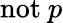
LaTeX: \mathrm{not}~p